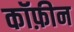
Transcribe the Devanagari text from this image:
कॉफ़ीन